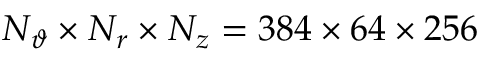
N _ { \vartheta } \times N _ { r } \times N _ { z } = 3 8 4 \times 6 4 \times 2 5 6